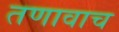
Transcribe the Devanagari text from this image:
तणावाच